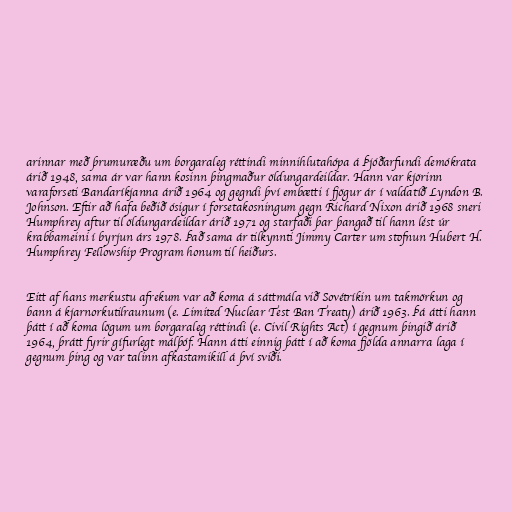
arinnar með þrumuræðu um borgaraleg réttindi minnihlutahópa á Þjóðarfundi demókrata
árið 1948, sama ár var hann kosinn þingmaður öldungardeildar. Hann var kjörinn
varaforseti Bandaríkjanna árið 1964 og gegndi því embætti í fjögur ár í valdatíð Lyndon B.
Johnson. Eftir að hafa beðið ósigur í forsetakosningum gegn Richard Nixon árið 1968 sneri
Humphrey aftur til öldungardeildar árið 1971 og starfaði þar þangað til hann lést úr
krabbameini í byrjun árs 1978. Það sama ár tilkynnti Jimmy Carter um stofnun Hubert H.
Humphrey Fellowship Program honum til heiðurs.

Eitt af hans merkustu afrekum var að koma á sáttmála við Sovétríkin um takmörkun og
bann á kjarnorkutilraunum (e. Limited Nuclear Test Ban Treaty) árið 1963. Þá átti hann
þátt í að koma lögum um borgaraleg réttindi (e. Civil Rights Act) í gegnum þingið árið
1964, þrátt fyrir gífurlegt málþóf. Hann átti einnig þátt í að koma fjölda annarra laga í
gegnum þing og var talinn afkastamikill á því sviði.